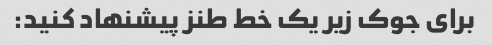
برای جوک زیر یک خط طنز پیشنهاد کنید: